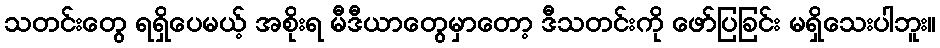
သတင်းတွေ ရရှိပေမယ့် အစိုးရ မီဒီယာတွေမှာတော့ ဒီသတင်းကို ဖော်ပြခြင်း မရှိသေးပါဘူး။